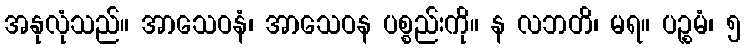
အနုလုံသည်။ အာသေဝနံ၊ အာသေဝန ပစ္စည်းကို။ န လဘတိ၊ မရ။ ပဉ္စမံ၊ ၅